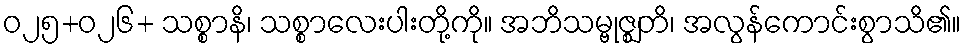
ဝ၂၅+၀၂၆+ သစ္စာနိ၊ သစ္စာလေးပါးတို့ကို။ အဘိသမ္ဗုဇ္ဈတိ၊ အလွန်ကောင်းစွာသိ၏။